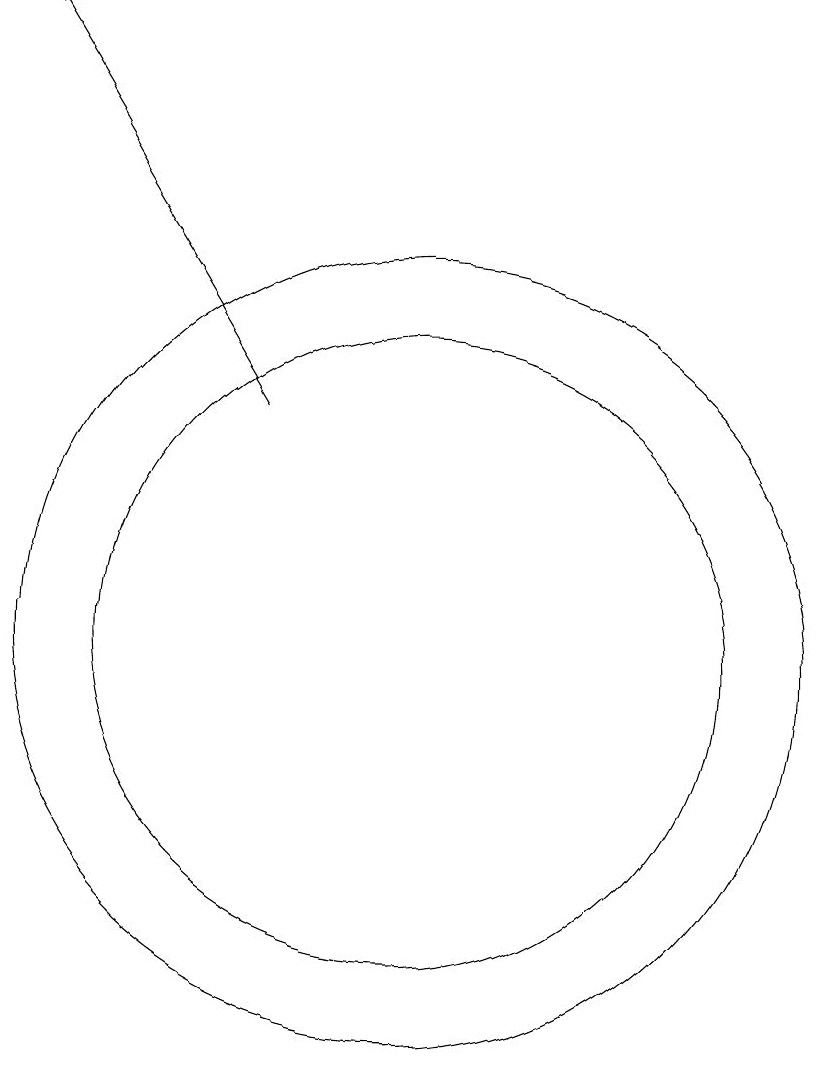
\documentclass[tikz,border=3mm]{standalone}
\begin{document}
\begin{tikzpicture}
\draw (10,10) circle (5);
\draw (10,10) circle (4);
\draw[->] (8,13) -- (5,18);
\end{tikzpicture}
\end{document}